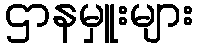
ဌာနမှူးများ